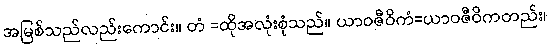
အမြစ်သည်လည်းကောင်း။ တံ =ထိုအလုံးစုံသည်။ ယာဝဇီဝိကံ=ယာဝဇီဝိကတည်း၊